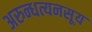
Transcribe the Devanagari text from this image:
अरुन्धत्यनसूय